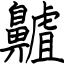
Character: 齇